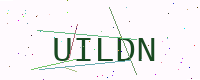
Text: UILDN